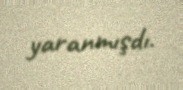
yaranmışdı.